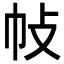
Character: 𢁵